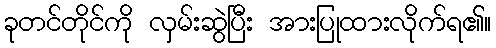
ခုတင်တိုင်ကို လှမ်းဆွဲပြီး အားပြုထားလိုက်ရ၏။